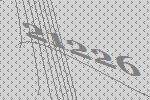
21226